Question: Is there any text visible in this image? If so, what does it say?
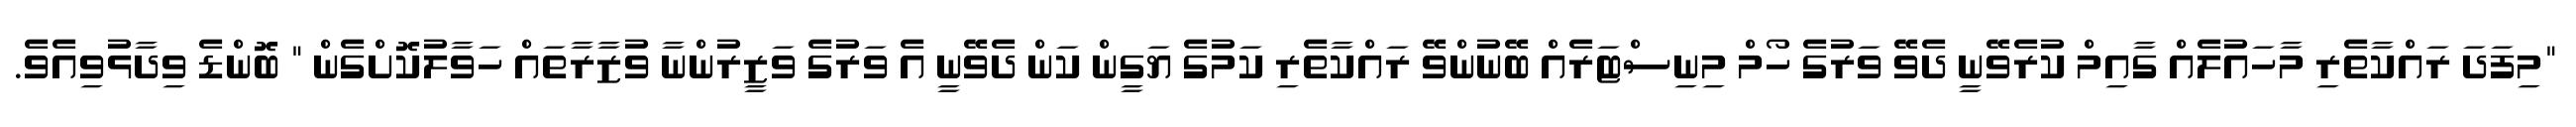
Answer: "މިފަދަ ރައްކާތެރި މާހައުލެއް ގާއިމް ކުރެވޭނީ ދެވޭ ވަރުގެ ހޯމް މިނިސްޓަރެއް ބޭނުންވޭ ރައްކާތެރި ކަމުގެ ޔަގީން ކަން ދެވޭނީ އެ ވަރުގެ ވަޒީރުންނާ ވުޒާރާތައް ހަވާލުކޮށްގެން " ބޮންޑެ ވިދާޅުވިއެވެ.